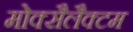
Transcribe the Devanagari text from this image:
मोक्सैलैक्टम